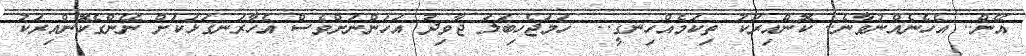
އޭން.. އެހެނެއްނުވާނެ.. ކޮންއިރަކު ތިކަމެއްހިނގީ..  ހަމަޖެހިބަލަ ޖާވިދު އަހަންނަށްވެސް އެހާރަނގަޅަކަށް ނޭންގެކޮންއިރަކު